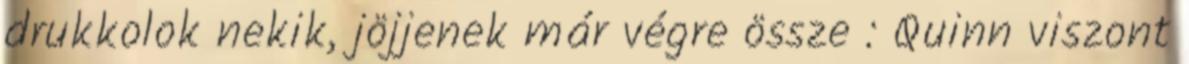
drukkolok nekik, jöjjenek már végre össze : Quinn viszont